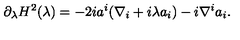
\partial _ { \lambda } H ^ { 2 } ( \lambda ) = - 2 i a ^ { i } ( \nabla _ { i } + i \lambda a _ { i } ) - i \nabla ^ { i } a _ { i } .